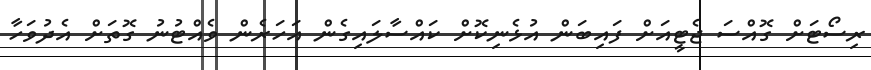
ރިސޯޓަށް ގޮއްސަ ޖެޓީއަށް ފައިބަން އުޅެނިކޮށް ކައްސާލައިގެން އަހަރެން ވެއްޓުނު ގޮތަށް އެދުވަހާ